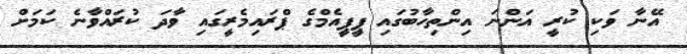
އޭނާ ވަކި ކުރީ އަންނަ އިންތިހާބުގައި ޕީޕީއެމްގެ ޕްރައިމެރީގައި ވާދަ ކުރައްވާނެ ކަމަށް